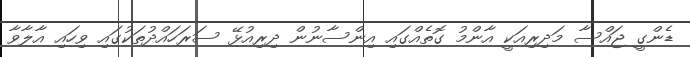
ޑެންގީ ޖައްސާ މަދިރިއަކީ އާންމު ގޮތެއްގައި އިންސާނުން ދިރިއުޅޭ ސަރަހައްދުތަކުގައި ވިހައި އާލާވާ